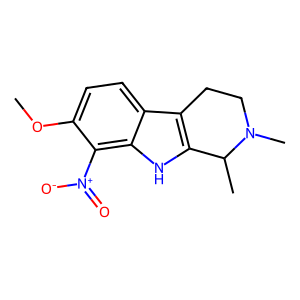
SMILES: COc1ccc2c3c([nH]c2c1[N+](=O)[O-])C(C)N(C)CC3
Inhibits HIV replication: No